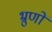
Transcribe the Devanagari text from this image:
भ्रुणों